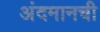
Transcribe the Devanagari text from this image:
अंदमानची